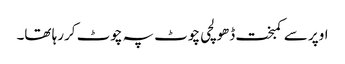
اوپر سے کمبخت ڈھولچی چوٹ پہ چوٹ کررہا تھا۔